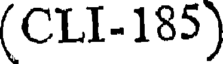
(CLI-185)